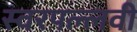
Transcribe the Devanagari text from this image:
स्वरपल्लवी